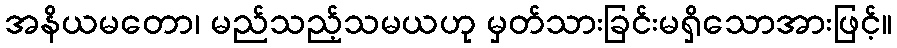
အနိယမတော၊ မည်သည့်သမယဟု မှတ်သားခြင်းမရှိသောအားဖြင့်။